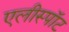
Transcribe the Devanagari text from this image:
एलीस्पॉट